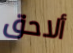
ألاحق